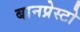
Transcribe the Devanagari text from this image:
बानप्रेस्टो